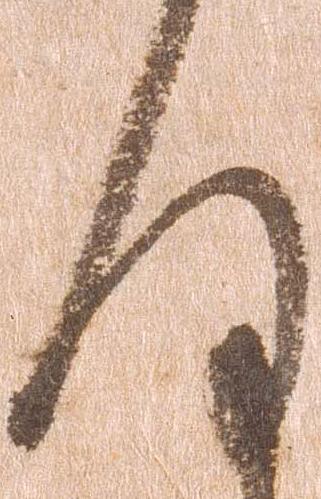
何